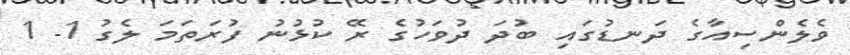
ވެލެންސިއާގެ ދަނޑުގައި ބުދަ ދުވަހުގެ ރޭ ކުޅުނު ފުރަތަމަ ލެގު 1- 1